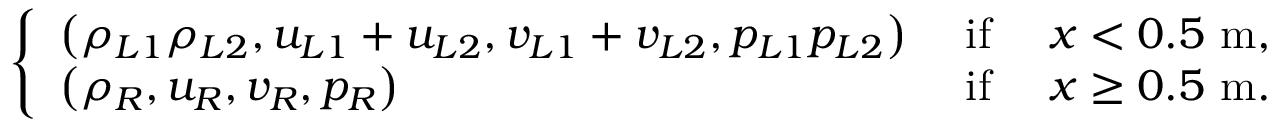
\left\{ \begin{array} { l l l } { \left( \rho _ { L 1 } \rho _ { L 2 } , u _ { L 1 } + u _ { L 2 } , v _ { L 1 } + v _ { L 2 } , p _ { L 1 } p _ { L 2 } \right) } & { \mathrm { ~ i f ~ } } & { x < 0 . 5 \mathrm { ~ m } , } \\ { \left( \rho _ { R } , u _ { R } , v _ { R } , p _ { R } \right) } & { \mathrm { ~ i f ~ } } & { x \geq 0 . 5 \mathrm { ~ m } . } \end{array} \right.